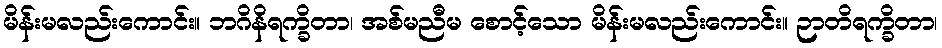
မိန်းမလည်းကောင်း။ ဘဂိနိရက္ခိတာ၊ အစ်မညီမ စောင့်သော မိန်းမလည်းကောင်း။ ဉာတိရက္ခိတာ၊